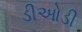
ડીઓડી